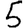
Digit: 5